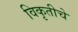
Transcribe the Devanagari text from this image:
विकृतीचे